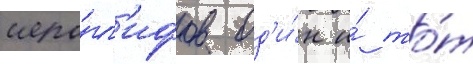
иеро́гл'ифов од'и́н и́ то́т